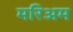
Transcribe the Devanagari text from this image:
मरिअम